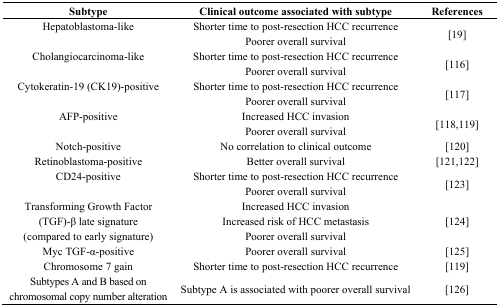
| Subtype | Clinical outcome associated with subtype | References |
 | --- | --- | --- |
 | <ROWSPAN=2> Hepatoblastoma-like | Shorter time to post-resection HCC recurrence | <ROWSPAN=2> [19] |
 | Poorer overall survival |
 | <ROWSPAN=2> Cholangiocarcinoma-like | Shorter time to post-resection HCC recurrence | <ROWSPAN=2> [116] |
 | Poorer overall survival |
 | <ROWSPAN=2> Cytokeratin-19 (CK19)-positive | Shorter time to post-resection HCC recurrence | <ROWSPAN=2> [117] |
 | Poorer overall survival |
 | <ROWSPAN=2> AFP-positive | Increased HCC invasion | <ROWSPAN=2> [118,119] |
 | Poorer overall survival |
 | Notch-positive | No correlation to clinical outcome | [120] |
 | Retinoblastoma-positive | Better overall survival | [121,122] |
 | <ROWSPAN=2> CD24-positive | Shorter time to post-resection HCC recurrence | <ROWSPAN=2> [123] |
 | Poorer overall survival |
 | <ROWSPAN=3> Transforming Growth Factor (TGF)-β late signature (compared to early signature) | Increased HCC invasion | <ROWSPAN=3> [124] |
 | Increased risk of HCC metastasis |
 | Poorer overall survival |
 | Myc TGF-α-positive | Poorer overall survival | [125] |
 | Chromosome 7 gain | Shorter time to post-resection HCC recurrence | [119] |
 | Subtypes A and B based on chromosomal copy number alteration | Subtype A is associated with poorer overall survival | [126] |